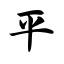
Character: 平